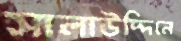
সালাউদ্দিনে